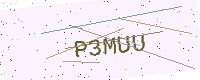
Text: P3MUU